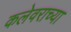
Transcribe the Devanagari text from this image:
कलेवराच्या